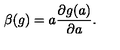
\beta ( g ) = a \frac { \partial g ( a ) } { \partial a } .